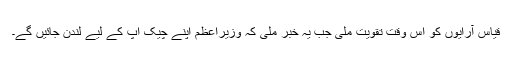
قیاس آرایوں کو اس وقت تقویت ملی جب یہ خبر ملی کہ وزیراعظم اپنے چیک اپ کے لیے لندن جائیں گے۔